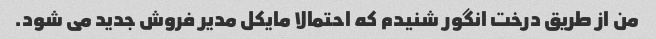
من از طریق درخت انگور شنیدم که احتمالا مایکل مدیر فروش جدید می شود.